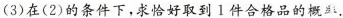
(3)在(2)的条件下，求恰好取到1件合格品的概.